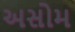
અસોમ